Civil Veterinary Department. Madras. Admin. report 1926-33 - 1926-1933
Year: 1926
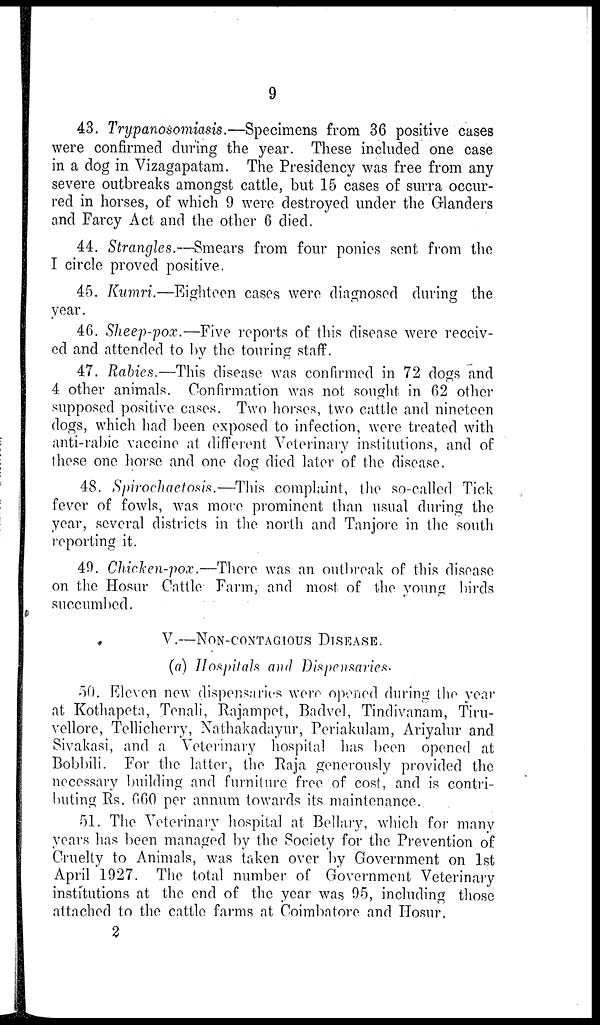
9
43. Trypanosomiasis.—Specimens from 36 positive cases
were confirmed during the year. These included one case
in a dog in Vizagapatam. The Presidency was free from any
severe outbreaks amongst cattle, but 15 cases of surra occur-
red in horses, of which 9 were destroyed under the Glanders
and Farcy Act and the other 6 died.
44. Strangles.—Smears from four ponies sent from the
I circle proved positive.
45. Kumri.—Eighteen cases were diagnosed during the
year.
46. Sheep-pox.—Five reports of this disease were receiv-
ed and attended to by the touring staff.
47. Rabies.—This disease was confirmed in 72 dogs and
4 other animals. Confirmation was not sought in 62 other
supposed positive cases. Two horses, two cattle and nineteen
dogs, which had been exposed to infection, were treated with
anti-rabic vaccine at different Veterinary institutions, and of
these one horse and one dog died later of the disease.
48. Spirochaetosis.—This complaint, the so-called Tick
fever of fowls, was more prominent than usual during the
year, several districts in the north and Tanjore in the south
reporting it.
49. Chicken-pox.—There was an outbreak of this disease
on the Hosur Cattle Farm, and most of the young birds
succumbed.
V.—NON-CONTAGIOUS DISEASE.
(a) Hospitals and Dispensaries.
50. Eleven new dispensaries were opened during the year
at Kothapeta, Tenali, Rajampet, Badvel, Tindivanam, Tiru-
vellore, Tellicherry, Nathakadayur, Periakulam, Ariyalur and
Sivakasi, and a Veterinary hospital has been opened at
Bobbili. For the latter, the Raja generously provided the
necessary building and furniture free of cost, and is contri-
buting Rs. 060 per annum towards its maintenance.
51. The Veterinary hospital at Bellary, which for many
years has been managed by the Society for the Prevention of
Cruelty to Animals, was taken over by Government on 1st
April 1927. The total number of Government Veterinary
institutions at the end of the year was 95, including those
attached to the cattle farms at Coimbatore and Hosur.
2